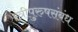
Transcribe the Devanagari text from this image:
स्त्रीपुरुषसंबंध